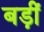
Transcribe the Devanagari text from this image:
बड़ीं